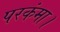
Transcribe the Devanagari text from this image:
परकंमा।